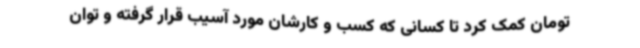
تومان کمک کرد تا کسانی که کسب و کارشان مورد آسیب قرار گرفته و توان